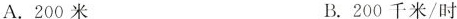
A.200米 B.200千米/时